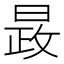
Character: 晸